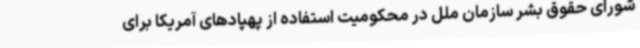
شورای حقوق بشر سازمان ملل در محکومیت استفاده از پهپادهای آمریکا برای